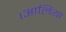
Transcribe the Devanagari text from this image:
।आलिया